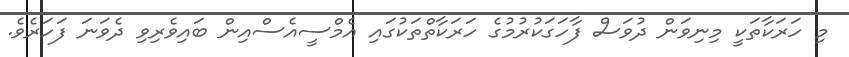
މި ހަރަކާތަކީ މިނިވަން ދުވަސް ފާހަގަކުރުމުގެ ހަރަކާތްތަކުގައި އެމްސީއެސްއިން ބައިވެރިވި ދެވަނަ ފަހަރެވެ.